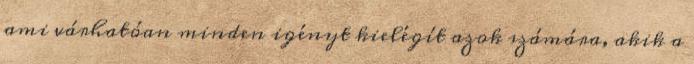
ami várhatóan minden igényt kielégít azok számára, akik a